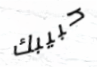
حبيبك